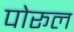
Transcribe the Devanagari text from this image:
पोरूल